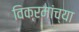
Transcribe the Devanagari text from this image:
विक्रमांच्या